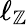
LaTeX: \ell_{\mathbb{Z}}